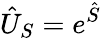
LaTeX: \hat{U}_{S}=e^{\hat{S}}